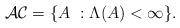
LaTeX: \begin{align*}\mathcal{AC}=\{A~:\Lambda(A)<\infty\}.\end{align*}